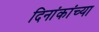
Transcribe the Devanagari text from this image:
दिनांकांच्या